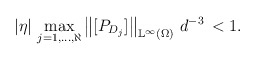
\begin{align*}|\eta| \, \max_{j=1, ..., \aleph}\left\lVert[P_{D_j}]\right\rVert_{\mathbb{L}^{\infty}(\Omega)} \, d^{-3} \, <1.\end{align*}